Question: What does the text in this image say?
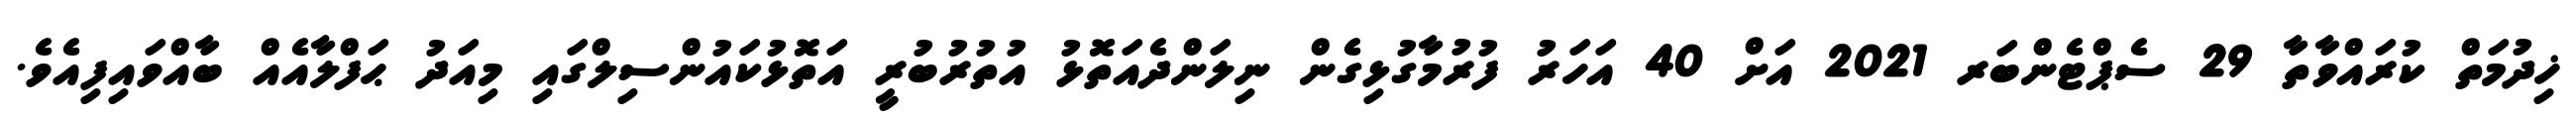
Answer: ޚިދުމަތް ކުރައްވާތާ 29 ސެޕްޓެންބަރ 2021 އަށް 40 އަހަރު ފުރުމާގުޅިގެން ނިލަންދެއަތޮޅު އުތުރުބުރީ އަތޮޅުކައުންސިލްގައި މިއަދު ޙަފްލާއެއް ބާއްވައިފިއެވެ.